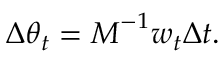
\Delta \boldsymbol { \theta } _ { t } = \boldsymbol { M } ^ { - 1 } \boldsymbol { w } _ { t } \Delta t .